Manual of vaccination for the United Provinces of Agra and Oudh -
Year: 1903
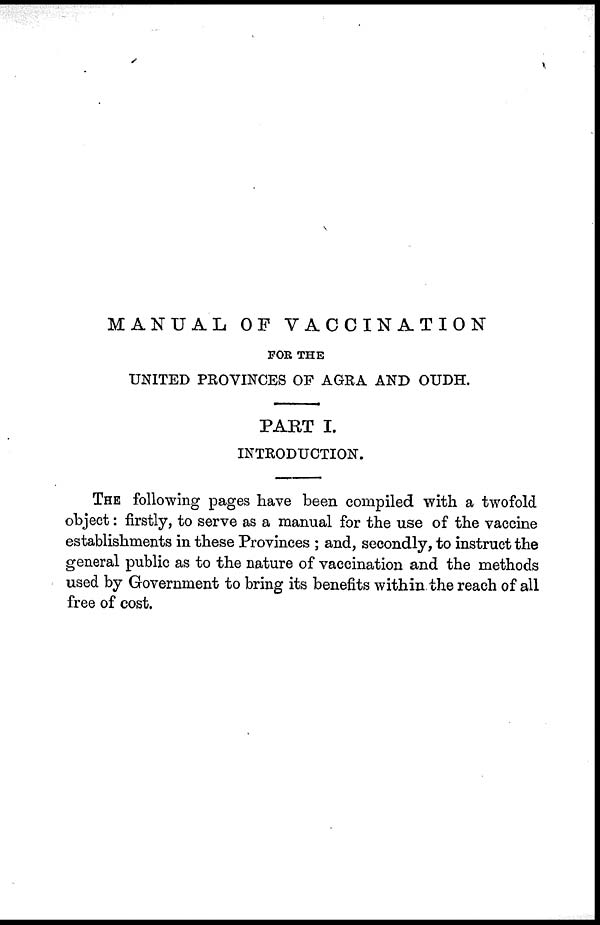
MANUAL OF VACCINATION
FOR THE
UNITED PROVINCES OF AGRA AND OUDH.
PART I.
INTRODUCTION.
THE following pages have been compiled with a twofold
object: firstly, to serve as a manual for the use of the vaccine
establishments in these Provinces ; and, secondly, to instruct the
general public as to the nature of vaccination and the methods
used by Government to bring its benefits within the reach of all
free of cost.